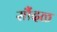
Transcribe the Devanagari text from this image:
सौंदळ